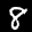
Label: 8